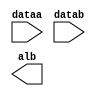
// megafunction wizard: %LPM_COMPARE%VBB%
// GENERATION: STANDARD
// VERSION: WM1.0
// MODULE: LPM_COMPARE 

// ============================================================
// Megafunction Name(s):
// 			LPM_COMPARE
//
// Simulation Library Files(s):
// 			lpm
// ============================================================
// ************************************************************
// THIS IS A WIZARD-GENERATED FILE. DO NOT EDIT THIS FILE!
//
// 18.1.0 Build 625 09/12/2018 SJ Lite Edition
// ************************************************************

//Copyright (C) 2018  Intel Corporation. All rights reserved.
//Your use of Intel Corporation's design tools, logic functions 
//and other software and tools, and its AMPP partner logic 
//functions, and any output files from any of the foregoing 
//(including device programming or simulation files), and any 
//associated documentation or information are expressly subject 
//to the terms and conditions of the Intel Program License 
//Subscription Agreement, the Intel Quartus Prime License Agreement,
//the Intel FPGA IP License Agreement, or other applicable license
//agreement, including, without limitation, that your use is for
//the sole purpose of programming logic devices manufactured by
//Intel and sold by Intel or its authorized distributors.  Please
//refer to the applicable agreement for further details.

module CMP (
	dataa,
	datab,
	alb);

	input	[7:0]  dataa;
	input	[7:0]  datab;
	output	  alb;

endmodule

// ============================================================
// CNX file retrieval info
// ============================================================
// Retrieval info: PRIVATE: AeqB NUMERIC "0"
// Retrieval info: PRIVATE: AgeB NUMERIC "0"
// Retrieval info: PRIVATE: AgtB NUMERIC "0"
// Retrieval info: PRIVATE: AleB NUMERIC "0"
// Retrieval info: PRIVATE: AltB NUMERIC "1"
// Retrieval info: PRIVATE: AneB NUMERIC "0"
// Retrieval info: PRIVATE: INTENDED_DEVICE_FAMILY STRING "Cyclone IV E"
// Retrieval info: PRIVATE: LPM_PIPELINE NUMERIC "0"
// Retrieval info: PRIVATE: Latency NUMERIC "0"
// Retrieval info: PRIVATE: PortBValue NUMERIC "0"
// Retrieval info: PRIVATE: Radix NUMERIC "10"
// Retrieval info: PRIVATE: SYNTH_WRAPPER_GEN_POSTFIX STRING "0"
// Retrieval info: PRIVATE: SignedCompare NUMERIC "0"
// Retrieval info: PRIVATE: aclr NUMERIC "0"
// Retrieval info: PRIVATE: clken NUMERIC "0"
// Retrieval info: PRIVATE: isPortBConstant NUMERIC "0"
// Retrieval info: PRIVATE: nBit NUMERIC "8"
// Retrieval info: PRIVATE: new_diagram STRING "1"
// Retrieval info: LIBRARY: lpm lpm.lpm_components.all
// Retrieval info: CONSTANT: LPM_REPRESENTATION STRING "UNSIGNED"
// Retrieval info: CONSTANT: LPM_TYPE STRING "LPM_COMPARE"
// Retrieval info: CONSTANT: LPM_WIDTH NUMERIC "8"
// Retrieval info: USED_PORT: alb 0 0 0 0 OUTPUT NODEFVAL "alb"
// Retrieval info: USED_PORT: dataa 0 0 8 0 INPUT NODEFVAL "dataa[7..0]"
// Retrieval info: USED_PORT: datab 0 0 8 0 INPUT NODEFVAL "datab[7..0]"
// Retrieval info: CONNECT: @dataa 0 0 8 0 dataa 0 0 8 0
// Retrieval info: CONNECT: @datab 0 0 8 0 datab 0 0 8 0
// Retrieval info: CONNECT: alb 0 0 0 0 @alb 0 0 0 0
// Retrieval info: GEN_FILE: TYPE_NORMAL CMP.v TRUE
// Retrieval info: GEN_FILE: TYPE_NORMAL CMP.inc FALSE
// Retrieval info: GEN_FILE: TYPE_NORMAL CMP.cmp FALSE
// Retrieval info: GEN_FILE: TYPE_NORMAL CMP.bsf FALSE
// Retrieval info: GEN_FILE: TYPE_NORMAL CMP_inst.v TRUE
// Retrieval info: GEN_FILE: TYPE_NORMAL CMP_bb.v TRUE
// Retrieval info: LIB_FILE: lpm